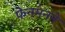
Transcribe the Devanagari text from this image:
फेनमनने